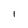
Character: 1